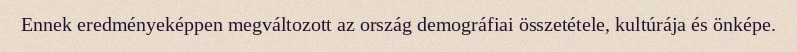
Ennek eredményeképpen megváltozott az ország demográfiai összetétele, kultúrája és önképe.